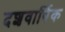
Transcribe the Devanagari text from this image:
दशवार्षिक